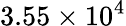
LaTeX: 3.55\times 10^{4}